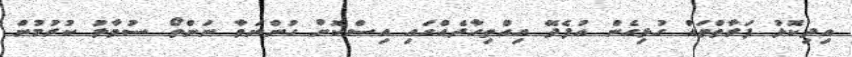
އިދިކޮޅު ފަރާތްތައް ގުޅިގެން އުފެދޭ އިއްތިހާދެއްގައި އިސްކޮށް ހުންނަވާ ނަންތޯ ސުވާލު ކުރުމުން